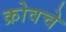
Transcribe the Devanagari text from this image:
क्रोवचे